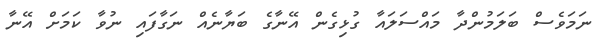
ނަމަވެސް ބަލަމުންދާ މައްސަލައާ ގުޅިގެން އޭނާގެ ބަޔާނެއް ނަގާފައި ނުވާ ކަމަށް އޭނާ